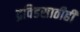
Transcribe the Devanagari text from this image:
द्रविडसाठीही